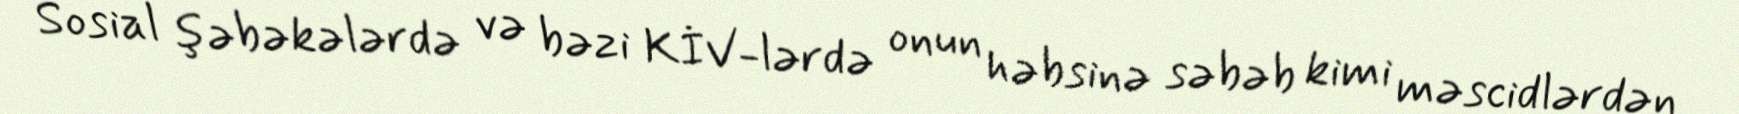
Sosial şəbəkələrdə və bəzi KİV-lərdə onun həbsinə səbəb kimi məscidlərdən